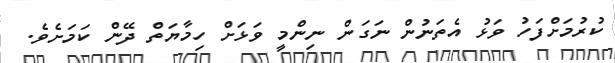
ކުރުމަށްފަހު ވަޅު އެތަނުން ނަގަން ނިންމީ ވަޅަށް ހިމާޔަތް ދޭން ކަމަށެވެ.